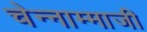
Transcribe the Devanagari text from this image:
चेन्‍नाम्‍माजी